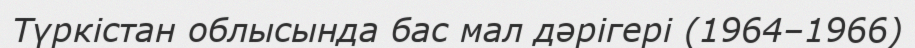
Түркістан облысында бас мал дәрігері (1964–1966)